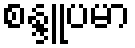
စန္ဒူပမာ